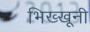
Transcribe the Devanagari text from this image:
भिख्खूनी